Vaccination in Bombay 1913-1923 - 1913-1923
Year: 1913
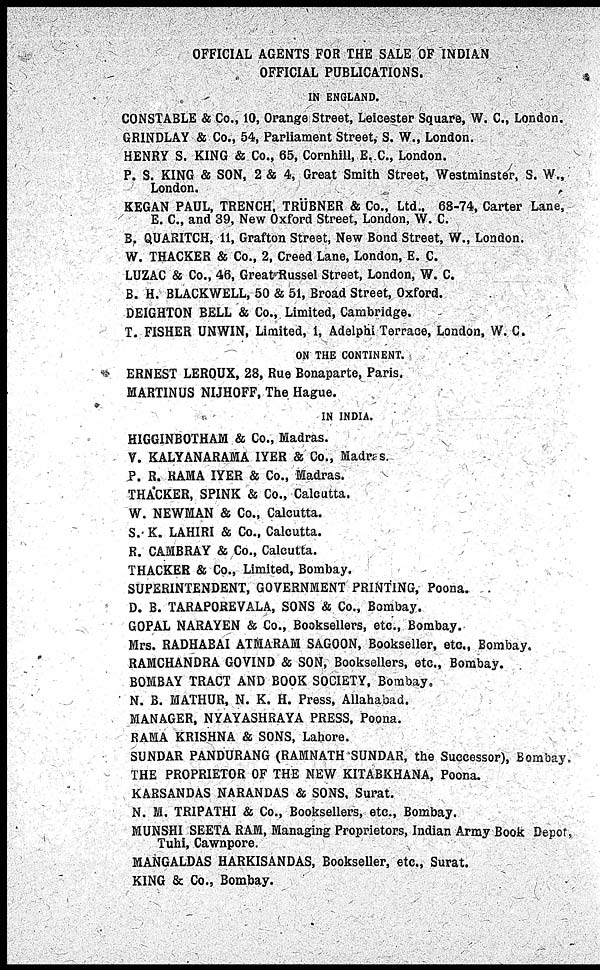
OFFICIAL AGENTS FOR THE SALE OF INDIAN
OFFICIAL PUBLICATIONS.
IN ENGLAND.
CONSTABLE & Co., 10, Orange Street, Leicester Square, W. C., London.
GRINDLAY & Co., 54, Parliament Street, S. W., London.
HENRY S. KING & Co., 65, Cornhill, E.C., London.
P. S. KING & SON, 2 & 4, Great Smith Street, Westminster, S. W.,
London.
KEGAN PAUL, TRENCH, TRÜBNER & Co., Ltd., 68-74, Carter Lane,
E. C., and 39, New Oxford Street, London, W. C.
B. QUARITCH, 11, Grafton Street, New Bond Street, W.,London.
W. THACKER & Co., 2, Creed Lane, London, E. C.
LUZAC & Co., 46, Great Russel Street, London, W. C.
B. H. BLACKWELL, 50 & 51, Broad Street, Oxford.
DEIGHTON BELL & Co., Limited, Cambridge.
T. FISHER UNWIN, Limited, 1, Adelphi Terrace, London, W.C.
ON THE CONTINENT.
ERNEST LEROUX, 28, Rue Bonaparte, Paris.
MARTINUS NIJHOFF, The Hague.
IN INDIA.
HIGGINBOTHAM & Co., Madras.
V. KALYANARAMA IYER & Co., Madras.
P. R. RAMA IYER & Co., Madras.
THACKER, SPINK & Co., Calcutta.
W. NEWMAN & Co., Calcutta.
S. K. LAHIRI & Co., Calcutta.
R. CAMBRAY & Co., Calcutta.
THACKER & Co., Limited, Bombay.
SUPERINTENDENT, GOVERNMENT PRINTING, Poona.
D. B. TARAPOREVALA, SONS & Co., Bombay.
GOPAL NARAYEN & Co., Booksellers, etc., Bombay.
Mrs. RADHABAI ATMARAM SAGOON, Bookseller, etc., Bombay.
RAMCHANDRA GOVIND & SON, Booksellers, etc., Bombay.
BOMBAY TRACT AND BOOK SOCIETY, Bombay.
N. B. MATHUR, N. K. H. Press, Allahabad.
MANAGER, NYAYASHRAYA PRESS, Poona.
RAMA KRISHNA & SONS, Lahore.
SUNDAR PANDURANG (RAMNATH SUNDAR, the Successor), Bombay.
THE PROPRIETOR OF THE NEW KITABKHANA, Poona.
KARSANDAS NARANDAS & SONS, Surat.
N. M. TRIPATHI & Co., Booksellers, etc., Bombay.
MUNSHI SEETA RAM, Managing Proprietors, Indian Army Book Depot,
Tuhi, Cawnpore.
MANGALDAS HARKISANDAS, Bookseller, etc., Surat.
KING & Co., Bombay.